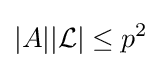
|A||{\mathcal {L}}|\leq p^{2}